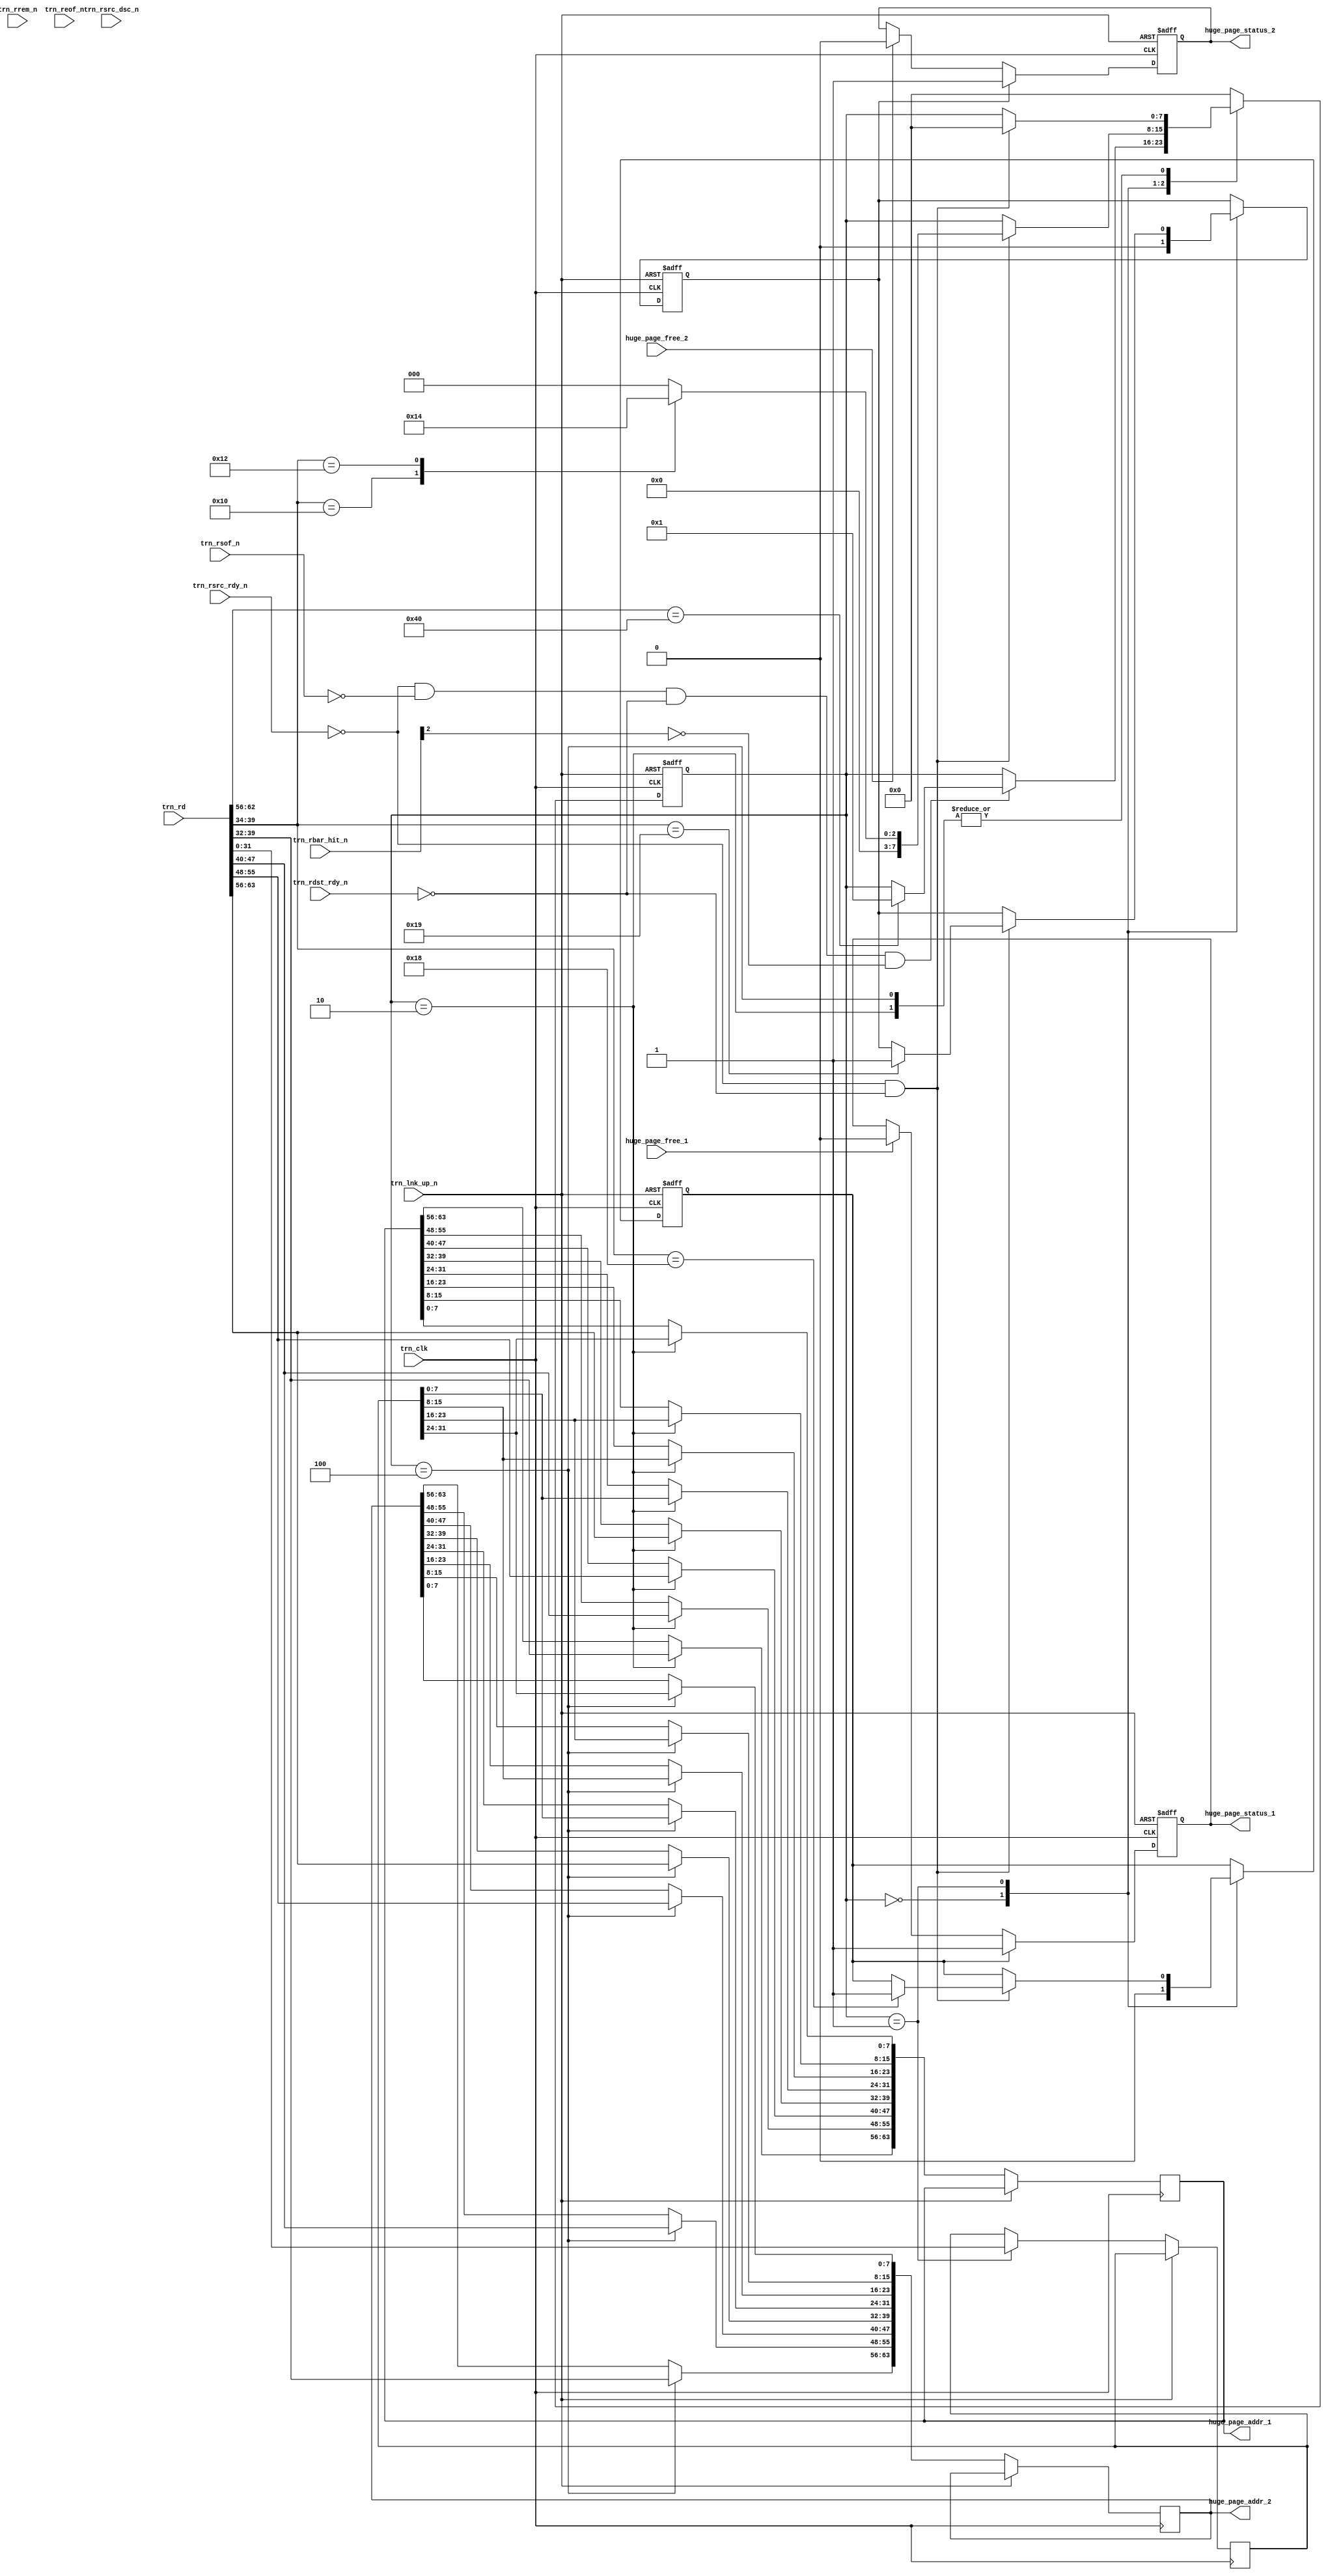
//////////////////////////////////////////////////////////////////////////////////////////////
//////////////////////////////////////////////////////////////////////////////////////////////
`timescale 1ns / 1ps
//`default_nettype none

`define PIO_64_RX_MEM_RD32_FMT_TYPE 7'b00_00000
`define RX_MEM_WR32_FMT_TYPE 7'b10_00000
`define PIO_64_RX_MEM_RD64_FMT_TYPE 7'b01_00000
`define RX_MEM_WR64_FMT_TYPE 7'b11_00000
`define PIO_64_RX_IO_RD32_FMT_TYPE  7'b00_00010
`define PIO_64_RX_IO_WR32_FMT_TYPE  7'b10_00010

module rx_huge_pages_addr (

    input    trn_clk,
    input    trn_lnk_up_n,

    input       [63:0]      trn_rd,
    input       [7:0]       trn_rrem_n,
    input                   trn_rsof_n,
    input                   trn_reof_n,
    input                   trn_rsrc_rdy_n,
    input                   trn_rsrc_dsc_n,
    input       [6:0]       trn_rbar_hit_n,
    input                   trn_rdst_rdy_n,
    output reg  [63:0]      huge_page_addr_1,
    output reg  [63:0]      huge_page_addr_2,
    output reg              huge_page_status_1,
    output reg              huge_page_status_2,
    input                   huge_page_free_1,
    input                   huge_page_free_2
    );

    // localparam
    localparam s0 = 8'b00000000;
    localparam s1 = 8'b00000001;
    localparam s2 = 8'b00000010;
    localparam s3 = 8'b00000100;

    // Local wires and reg
    wire            reset_n = ~trn_lnk_up_n;

    reg     [7:0]   state;
    reg             huge_page_unlock_1;
    reg             huge_page_unlock_2;
    reg     [31:0]  aux_dw;

    ////////////////////////////////////////////////
    // huge_page_status
    ////////////////////////////////////////////////
    always @( posedge trn_clk or negedge reset_n ) begin

        if (!reset_n ) begin  // reset
            huge_page_status_1 <= 1'b0;
            huge_page_status_2 <= 1'b0;
        end
        
        else begin  // not reset
            if (huge_page_unlock_1) huge_page_status_1 <= 1'b1;
            else if (huge_page_free_1) huge_page_status_1 <= 1'b0;

            if (huge_page_unlock_2) huge_page_status_2 <= 1'b1;
            else if (huge_page_free_2) huge_page_status_2 <= 1'b0;

        end     // not reset
    end  //always

    ////////////////////////////////////////////////
    // huge_page_address and unlock TLP reception
    ////////////////////////////////////////////////
    always @( posedge trn_clk or negedge reset_n ) begin

        if (!reset_n ) begin  // reset
            huge_page_unlock_1 <= 1'b0;
            huge_page_unlock_2 <= 1'b0;
            state <= s0;
        end
        
        else begin  // not reset
            case (state)

                s0 : begin
                    huge_page_unlock_1 <= 1'b0;
                    huge_page_unlock_2 <= 1'b0;
                    if ( (!trn_rsrc_rdy_n) && (!trn_rsof_n) && (!trn_rdst_rdy_n) && (!trn_rbar_hit_n[2])) begin
                        if (trn_rd[62:56] == `RX_MEM_WR32_FMT_TYPE) begin   // extend this to receive RX_MEM_WR64_FMT_TYPE
                            state <= s1;
                        end
                    end
                end

                s1 : begin
                    aux_dw <= trn_rd[31:0];
                    if ( (!trn_rsrc_rdy_n) && (!trn_rdst_rdy_n)) begin
                        case (trn_rd[39:34])

                            6'b010000 : begin     // huge page address
                                state <= s2;
                            end

                            6'b010010 : begin     // huge page address
                                state <= s3;
                            end

                            6'b011000 : begin     // huge page un-lock
                                huge_page_unlock_1 <= 1'b1;
                                state <= s0;
                            end

                            6'b011001 : begin     // huge page un-lock
                                huge_page_unlock_2 <= 1'b1;
                                state <= s0;
                            end

                            default : begin //other addresses
                                state <= s0;
                            end

                        endcase
                    end
                end

                s2 : begin
                    huge_page_addr_1[7:0] <= aux_dw[31:24];
                    huge_page_addr_1[15:8] <= aux_dw[23:16];
                    huge_page_addr_1[23:16] <= aux_dw[15:8];
                    huge_page_addr_1[31:24] <= aux_dw[7:0];

                    huge_page_addr_1[39:32] <= trn_rd[63:56];
                    huge_page_addr_1[47:40] <= trn_rd[55:48];
                    huge_page_addr_1[55:48] <= trn_rd[47:40];
                    huge_page_addr_1[63:56] <= trn_rd[39:32];
                    if ( (!trn_rsrc_rdy_n) && (!trn_rdst_rdy_n)) begin
                        state <= s0;
                    end
                end

                s3 : begin
                    huge_page_addr_2[7:0] <= aux_dw[31:24];
                    huge_page_addr_2[15:8] <= aux_dw[23:16];
                    huge_page_addr_2[23:16] <= aux_dw[15:8];
                    huge_page_addr_2[31:24] <= aux_dw[7:0];

                    huge_page_addr_2[39:32] <= trn_rd[63:56];
                    huge_page_addr_2[47:40] <= trn_rd[55:48];
                    huge_page_addr_2[55:48] <= trn_rd[47:40];
                    huge_page_addr_2[63:56] <= trn_rd[39:32];
                    if ( (!trn_rsrc_rdy_n) && (!trn_rdst_rdy_n)) begin
                        state <= s0;
                    end
                end

                default : begin //other TLPs
                    state <= s0;
                end

            endcase
        end     // not reset
    end  //always
   

endmodule // rx_huge_pages_addr
//////////////////////////////////////////////////////////////////////////////////////////////
//////////////////////////////////////////////////////////////////////////////////////////////